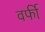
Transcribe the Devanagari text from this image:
वर्फी